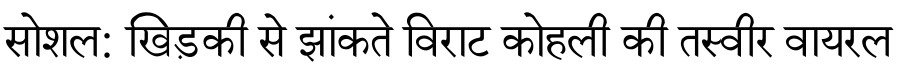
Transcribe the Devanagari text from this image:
सोशल: खिड़की से झांकते विराट कोहली की तस्वीर वायरल